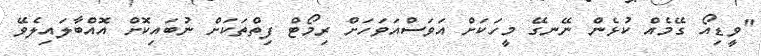
"ވީޑިއޯ ގޭމެއް ކުޅެން ނޭނގޭ މީހަކަށް އަވަސްއަވަހަށް ރިމޯޓް ފިތްތަކަށް ނުބައިކޮށް އޮއްބާލައިލެވޭ